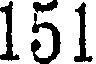
151